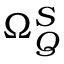
\Omega _ { \boldsymbol { Q } } ^ { S }